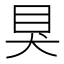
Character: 狊